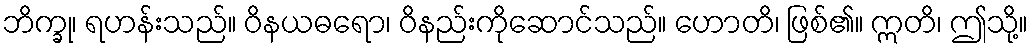
ဘိက္ခု၊ ရဟန်းသည်။ ဝိနယဓရော၊ ဝိနည်းကိုဆောင်သည်။ ဟောတိ၊ ဖြစ်၏။ ဣတိ၊ ဤသို့။